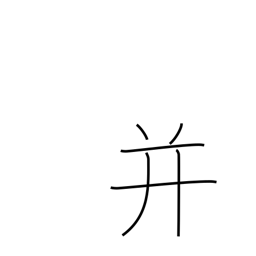
Meaning: put together